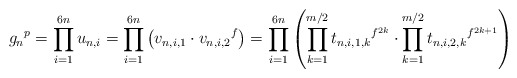
\begin{align*}{g_n}^p=\prod_{i=1}^{6n} u_{n,i}=\prod_{i=1}^{6n}\left( v_{n, i,1} \cdot {v_{n,i,2}}^{f}\right)=\prod_{i=1}^{6n}\left( \prod_{k=1}^{m/2} {t_{n,i,1,k}}^{f^{2k}}\cdot \prod_{k=1}^{m/2}{t_{n,i,2,k}}^{f^{2k+1}}\right)\end{align*}